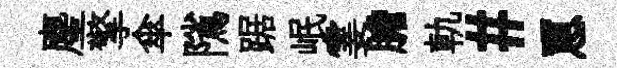
麈擎傘隲踞岷霎膽軌#罳